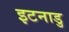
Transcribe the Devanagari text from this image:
इटनाडु